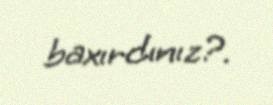
baxırdınız?.